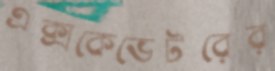
এক্সকেভেটরের